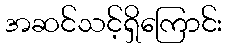
အဆင်သင့်ရှိကြောင်း